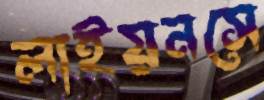
লাইয়নসে